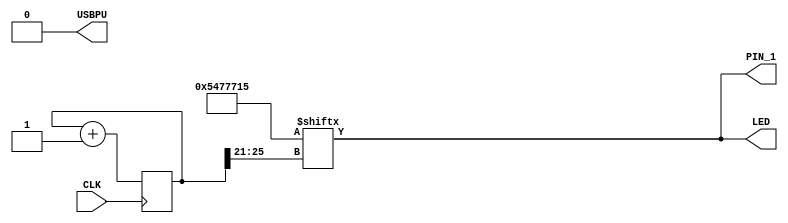
// FPGA
// Coded by Konstantinos Xynos (2020)
// MIT License 
//
// look in pins.pcf for all the pin names on the TinyFPGA BX board
module out_pin (
    input CLK,    // 16MHz clock
    output PIN_1,
    output LED,   // User/boot LED next to power LED
    output USBPU  // USB pull-up resistor

);
    // drive USB pull-up resistor to '0' to disable USB
    assign USBPU = 0;

    // keep track of time and location in blink_pattern
    reg [25:0] blink_counter;
    integer i;
    initial begin
	for (i=0;i<26;i=i+1) begin
		blink_counter[i]=0;
	end
    end
    ////////
    // make a simple blink circuit
    ////////

    // pattern that will be flashed over the LED over time
    wire [31:0] blink_pattern = 32'b1010_1000_1110_1110_1110_0010_101;

    // increment the blink_counter every clock
    always @(posedge CLK) begin
        blink_counter <= blink_counter + 1;
//	$display("counter: %b",blink_counter);
//	$display("counter25-0: %b",blink_counter[25:0]);
//	$display("counter25-21: %b",blink_counter[25:21]);
//	$display("counter4-0: %b",blink_counter[4:0]);
	//$display("counter_blink: %b",blink_pattern[blink_counter[25:21]]);
	//$display("counter_blink2: %b",blink_pattern[blink_counter[25:0]]);
    end
   

    // light up the LED according to the pattern
    assign LED = blink_pattern[blink_counter[25:21]];
//    assign LED = blink_pattern[blink_counter[4:0]];

    // send the blink_pattern to PIN_1
//    assign PIN_1 = blink_pattern[blink_counter[25:0]];
//    assign PIN_1 = blink_pattern[blink_counter[4:0]];
    assign PIN_1 = blink_pattern[blink_counter[25:21]];
endmodule